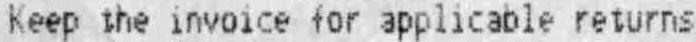
KEEP THE INVOICE FOR APPLICABLE RETURNS